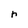
Character: r